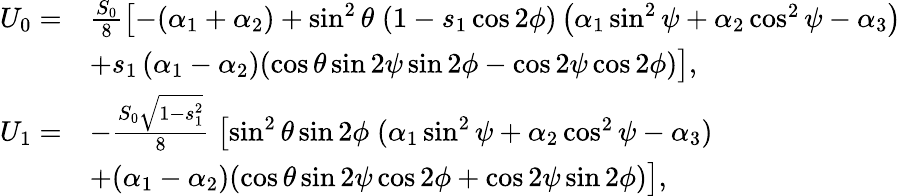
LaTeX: \begin{array}{rl}{U_{0}=}&{\frac{S_{0}}{8}\bigl[-(\alpha_{1}+\alpha_{2})+\sin^{2}{\theta}\; (1-s_{1}\cos{2\phi})\left(\alpha_{1}\sin^{2}{\psi}+\alpha_{2}\cos^{2}{\psi}-\alpha_{3}\right)}\\ &{+s_{1}\left(\alpha_{1}-\alpha_{2}\right)(\cos{\theta}\sin{2\psi}\sin{2\phi}-\cos{2\psi}\cos{2\phi})\bigr],}\\ {U_{1}=}&{-\frac{S_{0}\sqrt{1-s_{1}^{2}}}{8}\; \bigl[\sin^{2}{\theta}\sin{2\phi}\; (\alpha_{1}\sin^{2}{\psi}+\alpha_{2}\cos^{2}{\psi}-\alpha_{3})}\\ &{+(\alpha_{1}-\alpha_{2})(\cos{\theta}\sin{2\psi}\cos{2\phi}+\cos{2\psi}\sin{2\phi})\bigr],}\end{array}